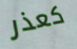
كعذر